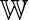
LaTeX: {\mathbb W}